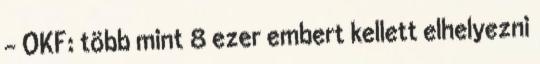
- OKF: több mint 8 ezer embert kellett elhelyezni